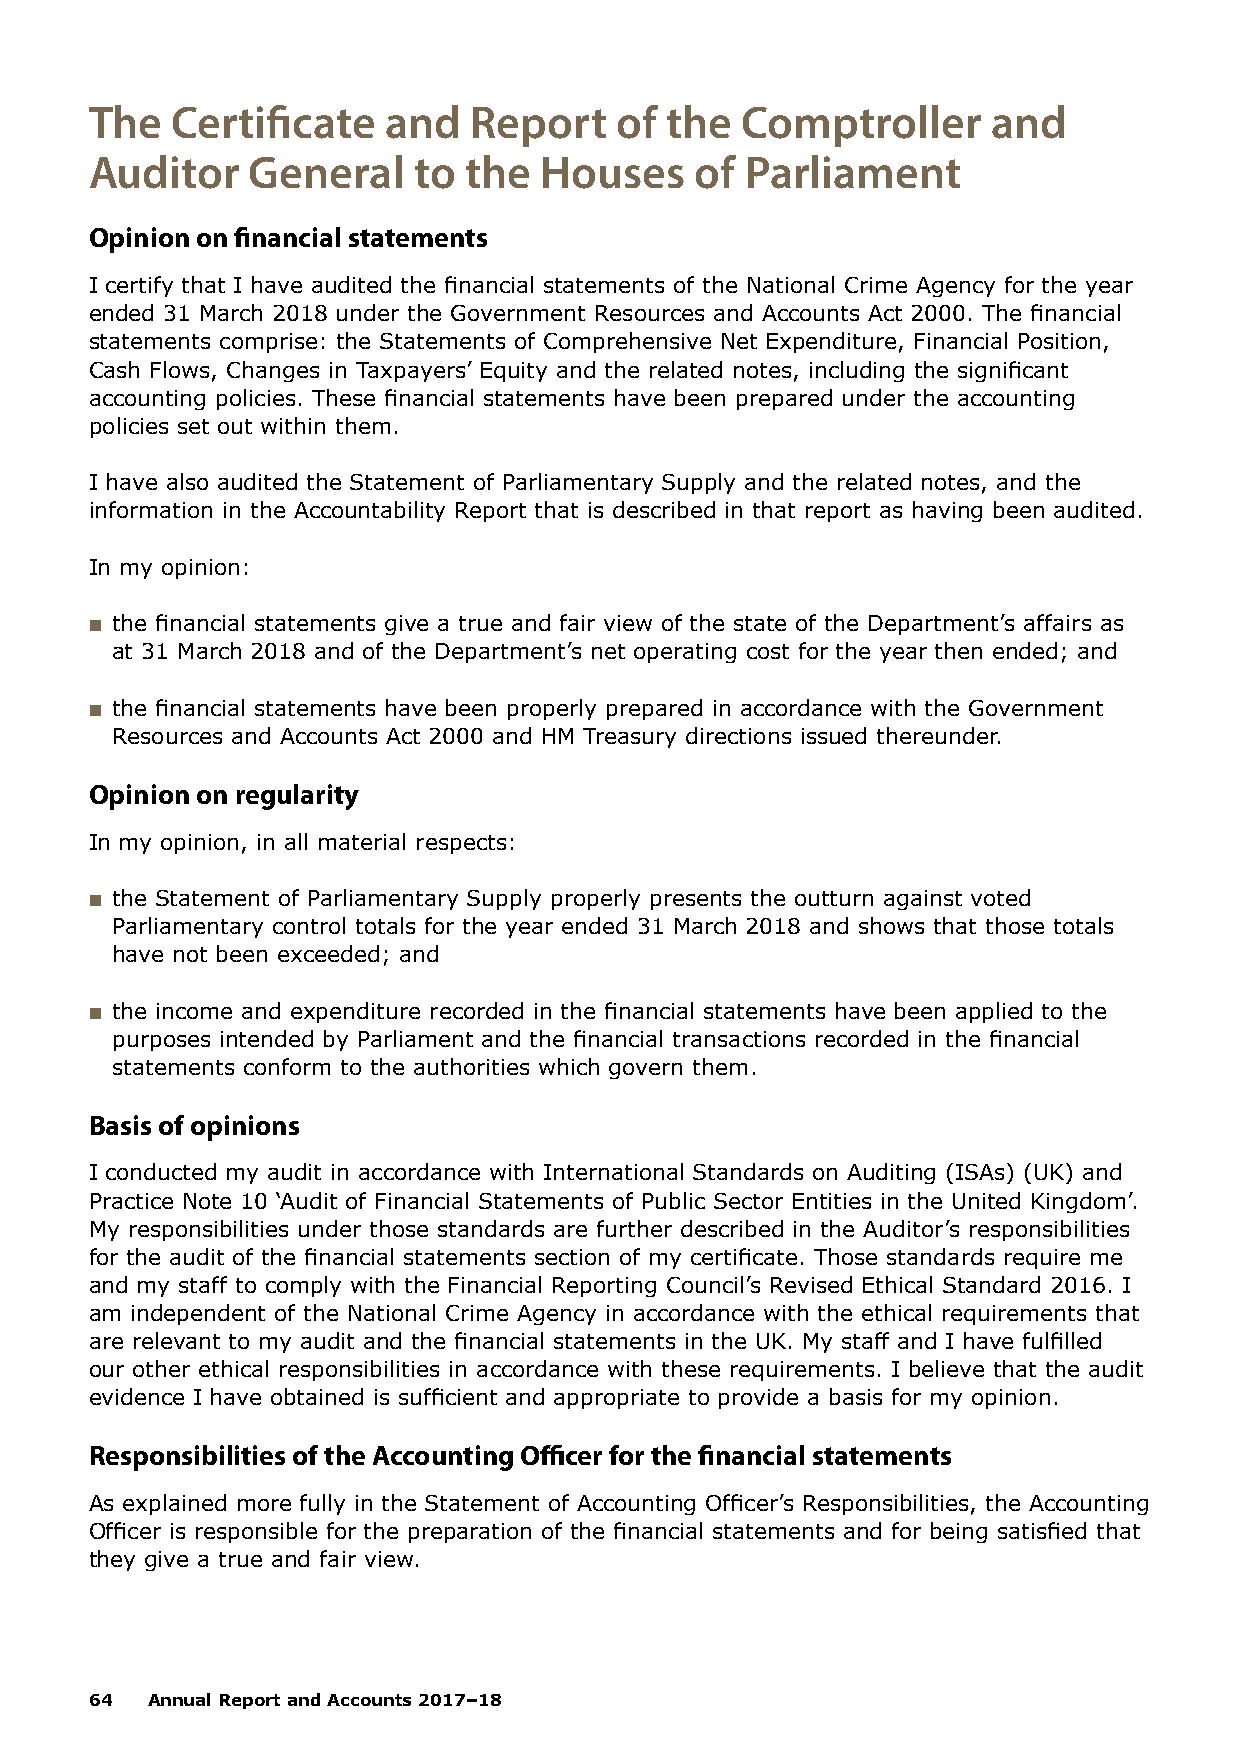
The  Certificate   and   Report    of the  Comptroller      and
 Auditor   General    to  the  Houses    of Parliament
 Opinion on financial statements
 I certify that I have audited the financial statements of the National Crime Agency for the year
 ended 31 March 2018 under the Government Resources and Accounts Act 2000. The financial
 statements comprise: the Statements of Comprehensive Net Expenditure, Financial Position,
 Cash Flows, Changes in Taxpayers’ Equity and the related notes, including the significant
 accounting policies. These financial statements have been prepared under the accounting
 policies set out within them.
 I have also audited the Statement of Parliamentary Supply and the related notes, and the
 information in the Accountability Report that is described in that report as having been audited.
 In my opinion:
 ■■ the financial statements give a true and fair view of the state of the Department’s affairs as
 at 31 March 2018 and of the Department’s net operating cost for the year then ended; and
 ■■ the financial statements have been properly prepared in accordance with the Government
 Resources and Accounts Act 2000 and HM Treasury directions issued thereunder.
 Opinion on regularity
 In my opinion, in all material respects:
 ■■ the Statement of Parliamentary Supply properly presents the outturn against voted
 Parliamentary control totals for the year ended 31 March 2018 and shows that those totals
 have not been exceeded; and
 ■■ the income and expenditure recorded in the financial statements have been applied to the
 purposes intended by Parliament and the financial transactions recorded in the financial
 statements conform to the authorities which govern them.
 Basis of opinions
 I conducted my audit in accordance with International Standards on Auditing (ISAs) (UK) and
 Practice Note 10 ‘Audit of Financial Statements of Public Sector Entities in the United Kingdom’.
 My responsibilities under those standards are further described in the Auditor’s responsibilities
 for the audit of the financial statements section of my certificate. Those standards require me
 and my staff to comply with the Financial Reporting Council’s Revised Ethical Standard 2016. I
 am independent of the National Crime Agency in accordance with the ethical requirements that
 are relevant to my audit and the financial statements in the UK. My staff and I have fulfilled
 our other ethical responsibilities in accordance with these requirements. I believe that the audit
 evidence I have obtained is sufficient and appropriate to provide a basis for my opinion.
 Responsibilities of the Accounting Officer for the financial statements
 As explained more fully in the Statement of Accounting Officer’s Responsibilities, the Accounting
 Officer is responsible for the preparation of the financial statements and for being satisfied that
 they give a true and fair view.
 64  Annual Report and Accounts 2017–18